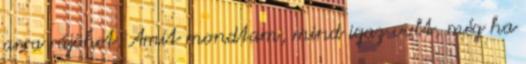
arra rájöhet. Amit mondtam, mind igaz volt, még ha